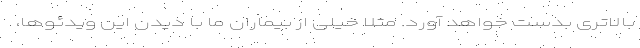
بالاتری بدست خواهد آورد. مثلا خیلی از بیماران ما با دیدن این ویدئوها،